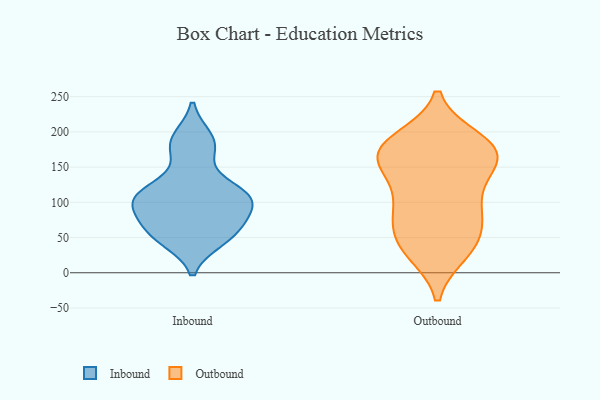
{"axis": {"x": "Website Visitors", "y": "Value"}, "legend": ["Inbound", "Outbound"], "data": [{"x": "", "y": 192, "type": "Inbound"}, {"x": "", "y": 173, "type": "Inbound"}, {"x": "", "y": 107, "type": "Inbound"}, {"x": "", "y": 54, "type": "Inbound"}, {"x": "", "y": 85, "type": "Inbound"}, {"x": "", "y": 99, "type": "Inbound"}, {"x": "", "y": 114, "type": "Inbound"}, {"x": "", "y": 46, "type": "Inbound"}, {"x": "", "y": 67, "type": "Inbound"}, {"x": "", "y": 117, "type": "Inbound"}, {"x": "", "y": 35, "type": "Outbound"}, {"x": "", "y": 170, "type": "Outbound"}, {"x": "", "y": 90, "type": "Outbound"}, {"x": "", "y": 143, "type": "Outbound"}, {"x": "", "y": 44, "type": "Outbound"}, {"x": "", "y": 172, "type": "Outbound"}, {"x": "", "y": 176, "type": "Outbound"}, {"x": "", "y": 178, "type": "Outbound"}, {"x": "", "y": 139, "type": "Outbound"}, {"x": "", "y": 96, "type": "Outbound"}, {"x": "", "y": 161, "type": "Outbound"}, {"x": "", "y": 175, "type": "Outbound"}, {"x": "", "y": 43, "type": "Outbound"}, {"x": "", "y": 188, "type": "Outbound"}, {"x": "", "y": 30, "type": "Outbound"}, {"x": "", "y": 77, "type": "Outbound"}, {"x": "", "y": 90, "type": "Outbound"}]}